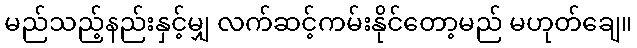
မည်သည့်နည်းနှင့်မျှ လက်ဆင့်ကမ်းနိုင်တော့မည် မဟုတ်ချေ။